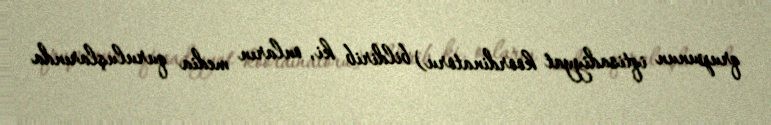
qrupunun iqtisadiyyat koordinatoru) bildirib ki, onların media quruluşlarında